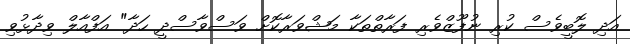
އަދި ލޮބީވެސް ކުރި ނުފޫޒްވެރި ފަރާތްތަކާ މަޝްވަރާކޮށް ވަސްވާސްދީ ހަދާ" އަފްއާލް ވިދާޅުވި